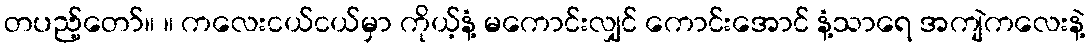
တပည့်တော်။ ။ ကလေးငယ်ငယ်မှာ ကိုယ့်နံ့ မကောင်းလျှင် ကောင်းအောင် နံ့သာရေ အကျဲကလေးနဲ့